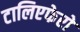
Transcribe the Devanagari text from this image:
टालिएफेरो